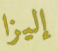
إليزا